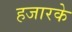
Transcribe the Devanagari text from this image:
हजारके